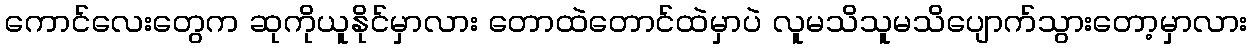
ကောင်လေးတွေက ဆုကိုယူနိုင်မှာလား တောထဲတောင်ထဲမှာပဲ လူမသိသူမသိပျောက်သွားတော့မှာလား